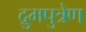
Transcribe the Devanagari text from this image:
द्रुमपुत्रेण